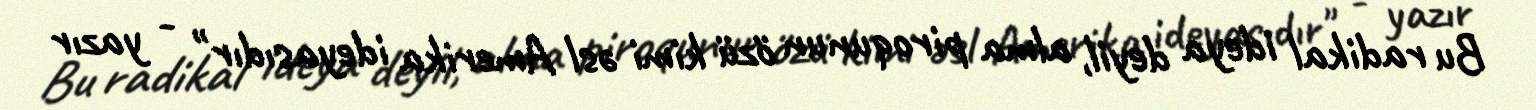
Bu radikal ideya deyil, alma piroqunun özü kimi əsl Amerika ideyasıdır" - yazır